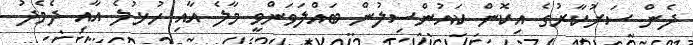
ދެން ސަރުކާރުގެ އިކޮން ކައުންސިލުން ބައްލަވަންވީ މާލެ އާއި ހުޅުލެ އާއި ދެމެދު